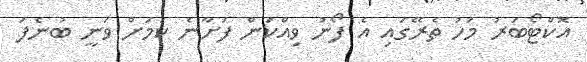
އޮކްޓޯބަރު މަހު ތެރޭގައި އެ ފޯނު ވިއްކަން ފަށާނެ ކަމަށް ވަނީ ބުނެފަ